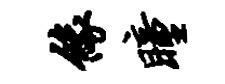
缘瞳